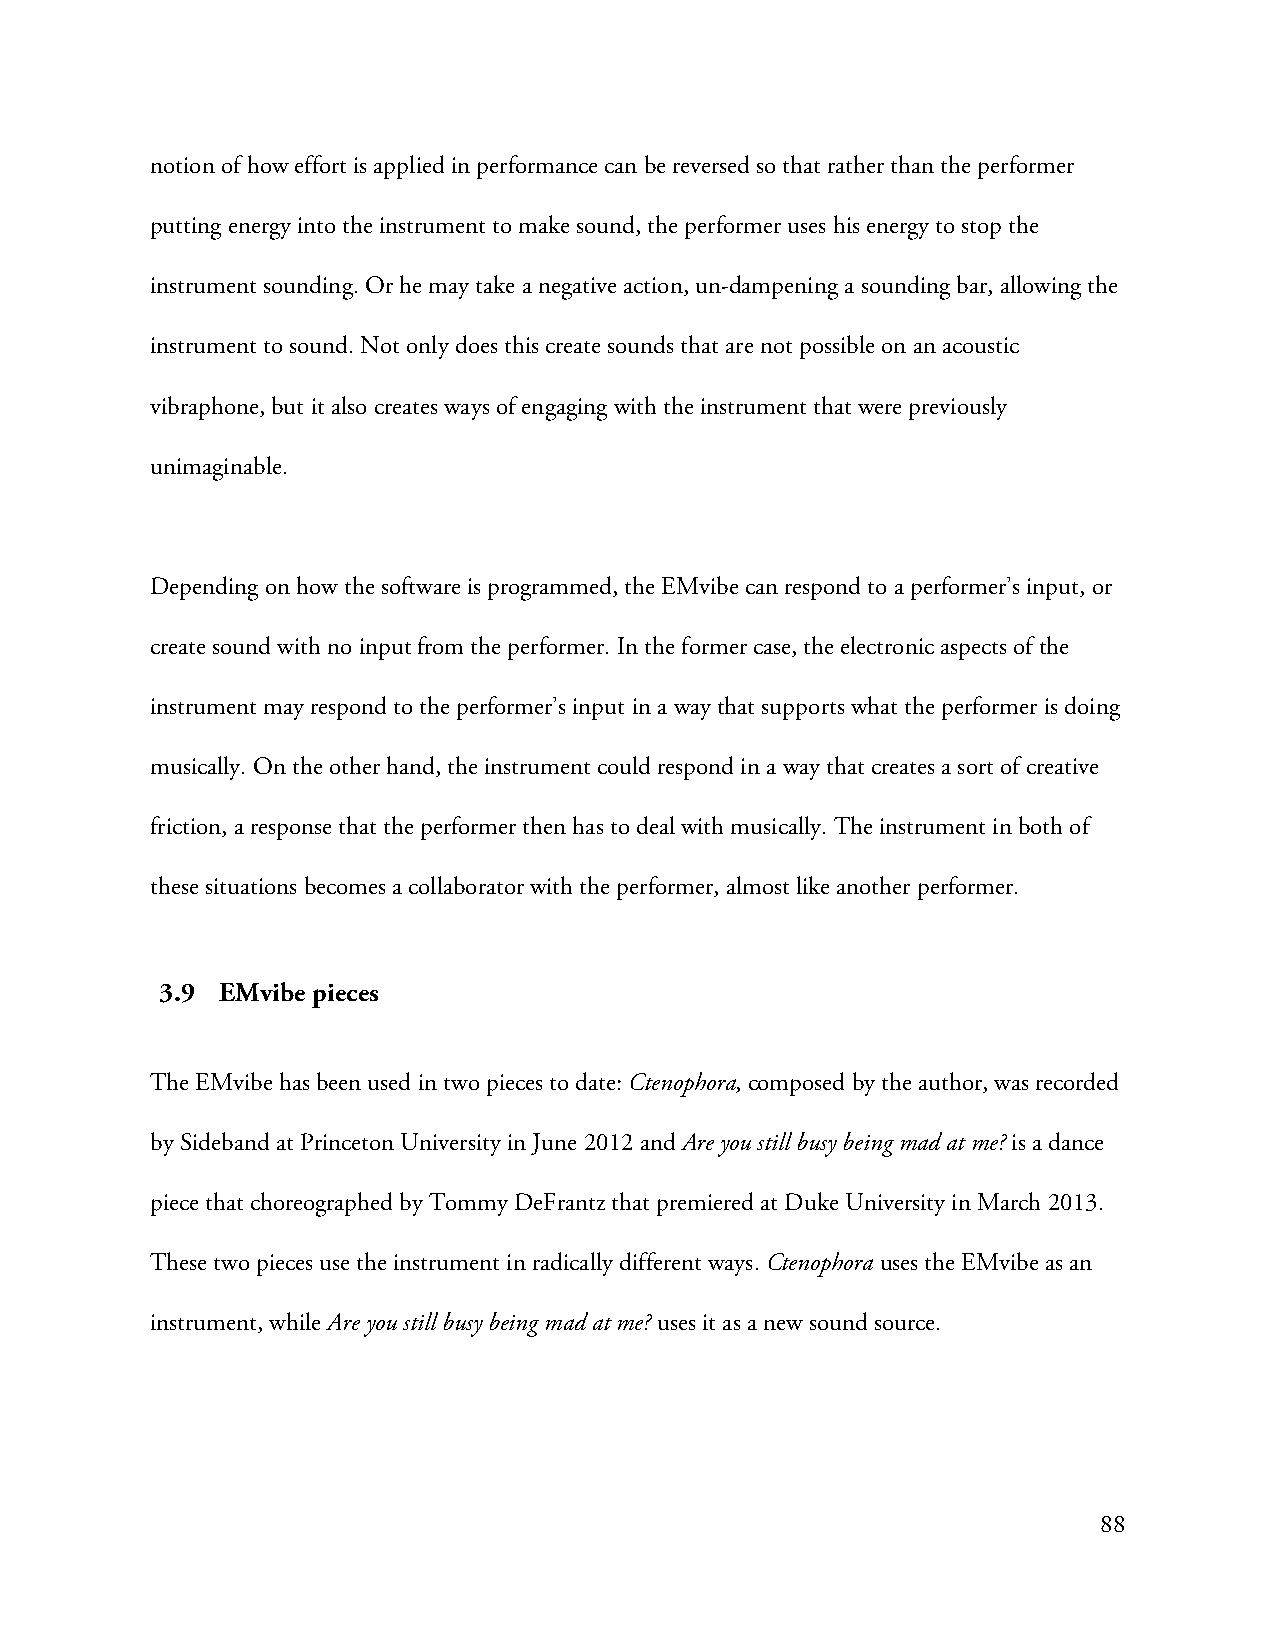
notion of how effort is applied in performance can be reversed so that rather than the performer
 putting energy into the instrument to make sound, the performer uses his energy to stop the
 instrument sounding. Or he may take a negative action, un-dampening a sounding bar, allowing the
 instrument to sound. Not only does this create sounds that are not possible on an acoustic
 vibraphone, but it also creates ways of engaging with the instrument that were previously
 unimaginable.
 Depending on how the software is programmed, the EMvibe can respond to a performer’s input, or
 create sound with no input from the performer. In the former case, the electronic aspects of the
 instrument may respond to the performer’s input in a way that supports what the performer is doing
 musically. On the other hand, the instrument could respond in a way that creates a sort of creative
 friction, a response that the performer then has to deal with musically. The instrument in both of
 these situations becomes a collaborator with the performer, almost like another performer.
 3.9 EMvibe pieces
 The EMvibe has been used in two pieces to date: Ctenophora, composed by the author, was recorded
 by Sideband at Princeton University in June 2012 and Are you still busy being mad at me? is a dance
 piece that choreographed by Tommy DeFrantz that premiered at Duke University in March 2013.
 These two pieces use the instrument in radically different ways. Ctenophora uses the EMvibe as an
 instrument, while Are you still busy being mad at me? uses it as a new sound source.
 88